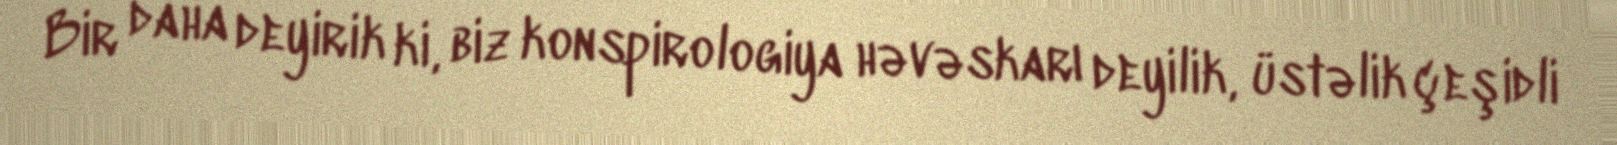
Bir daha deyirik ki, biz konspirologiya həvəskarı deyilik, üstəlik çeşidli